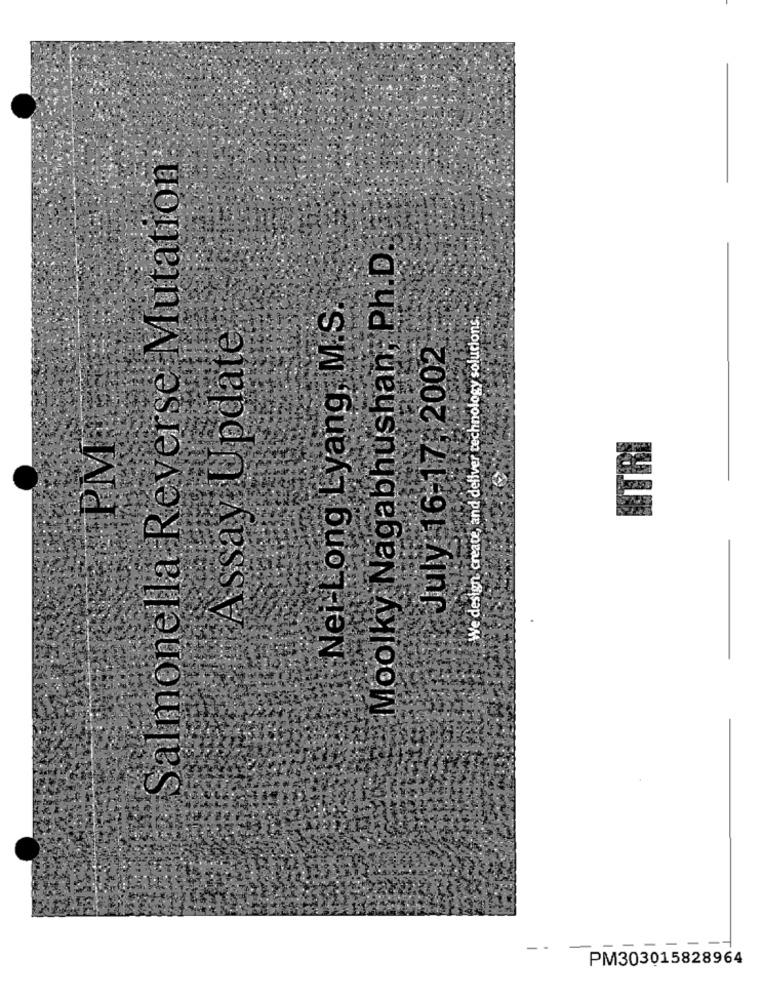
Salmonella Reverse Mutation
Moolky Nagabhushan, Ph.D
Nei-Long Lyang, M.S.
We design, create, and deliver technology solutions.
Assay Update.
July 16-17, 2002
PM
ETRI
PM303015828964